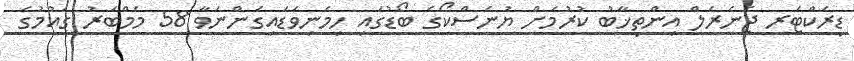
ޑިރެކްޓަރ ޖެނެރަލް އިންތިޚާބު ކުރުމަށް ޔުނެސްކޯގެ ބޯޑުގައި ހިމެނިވަޑައިގަންނަވާ 58 މެމްބަރު ގައުމުގެ